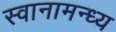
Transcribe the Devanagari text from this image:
स्वानामन्ध्य